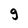
Character: g